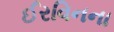
ઈરવિનના